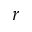
r